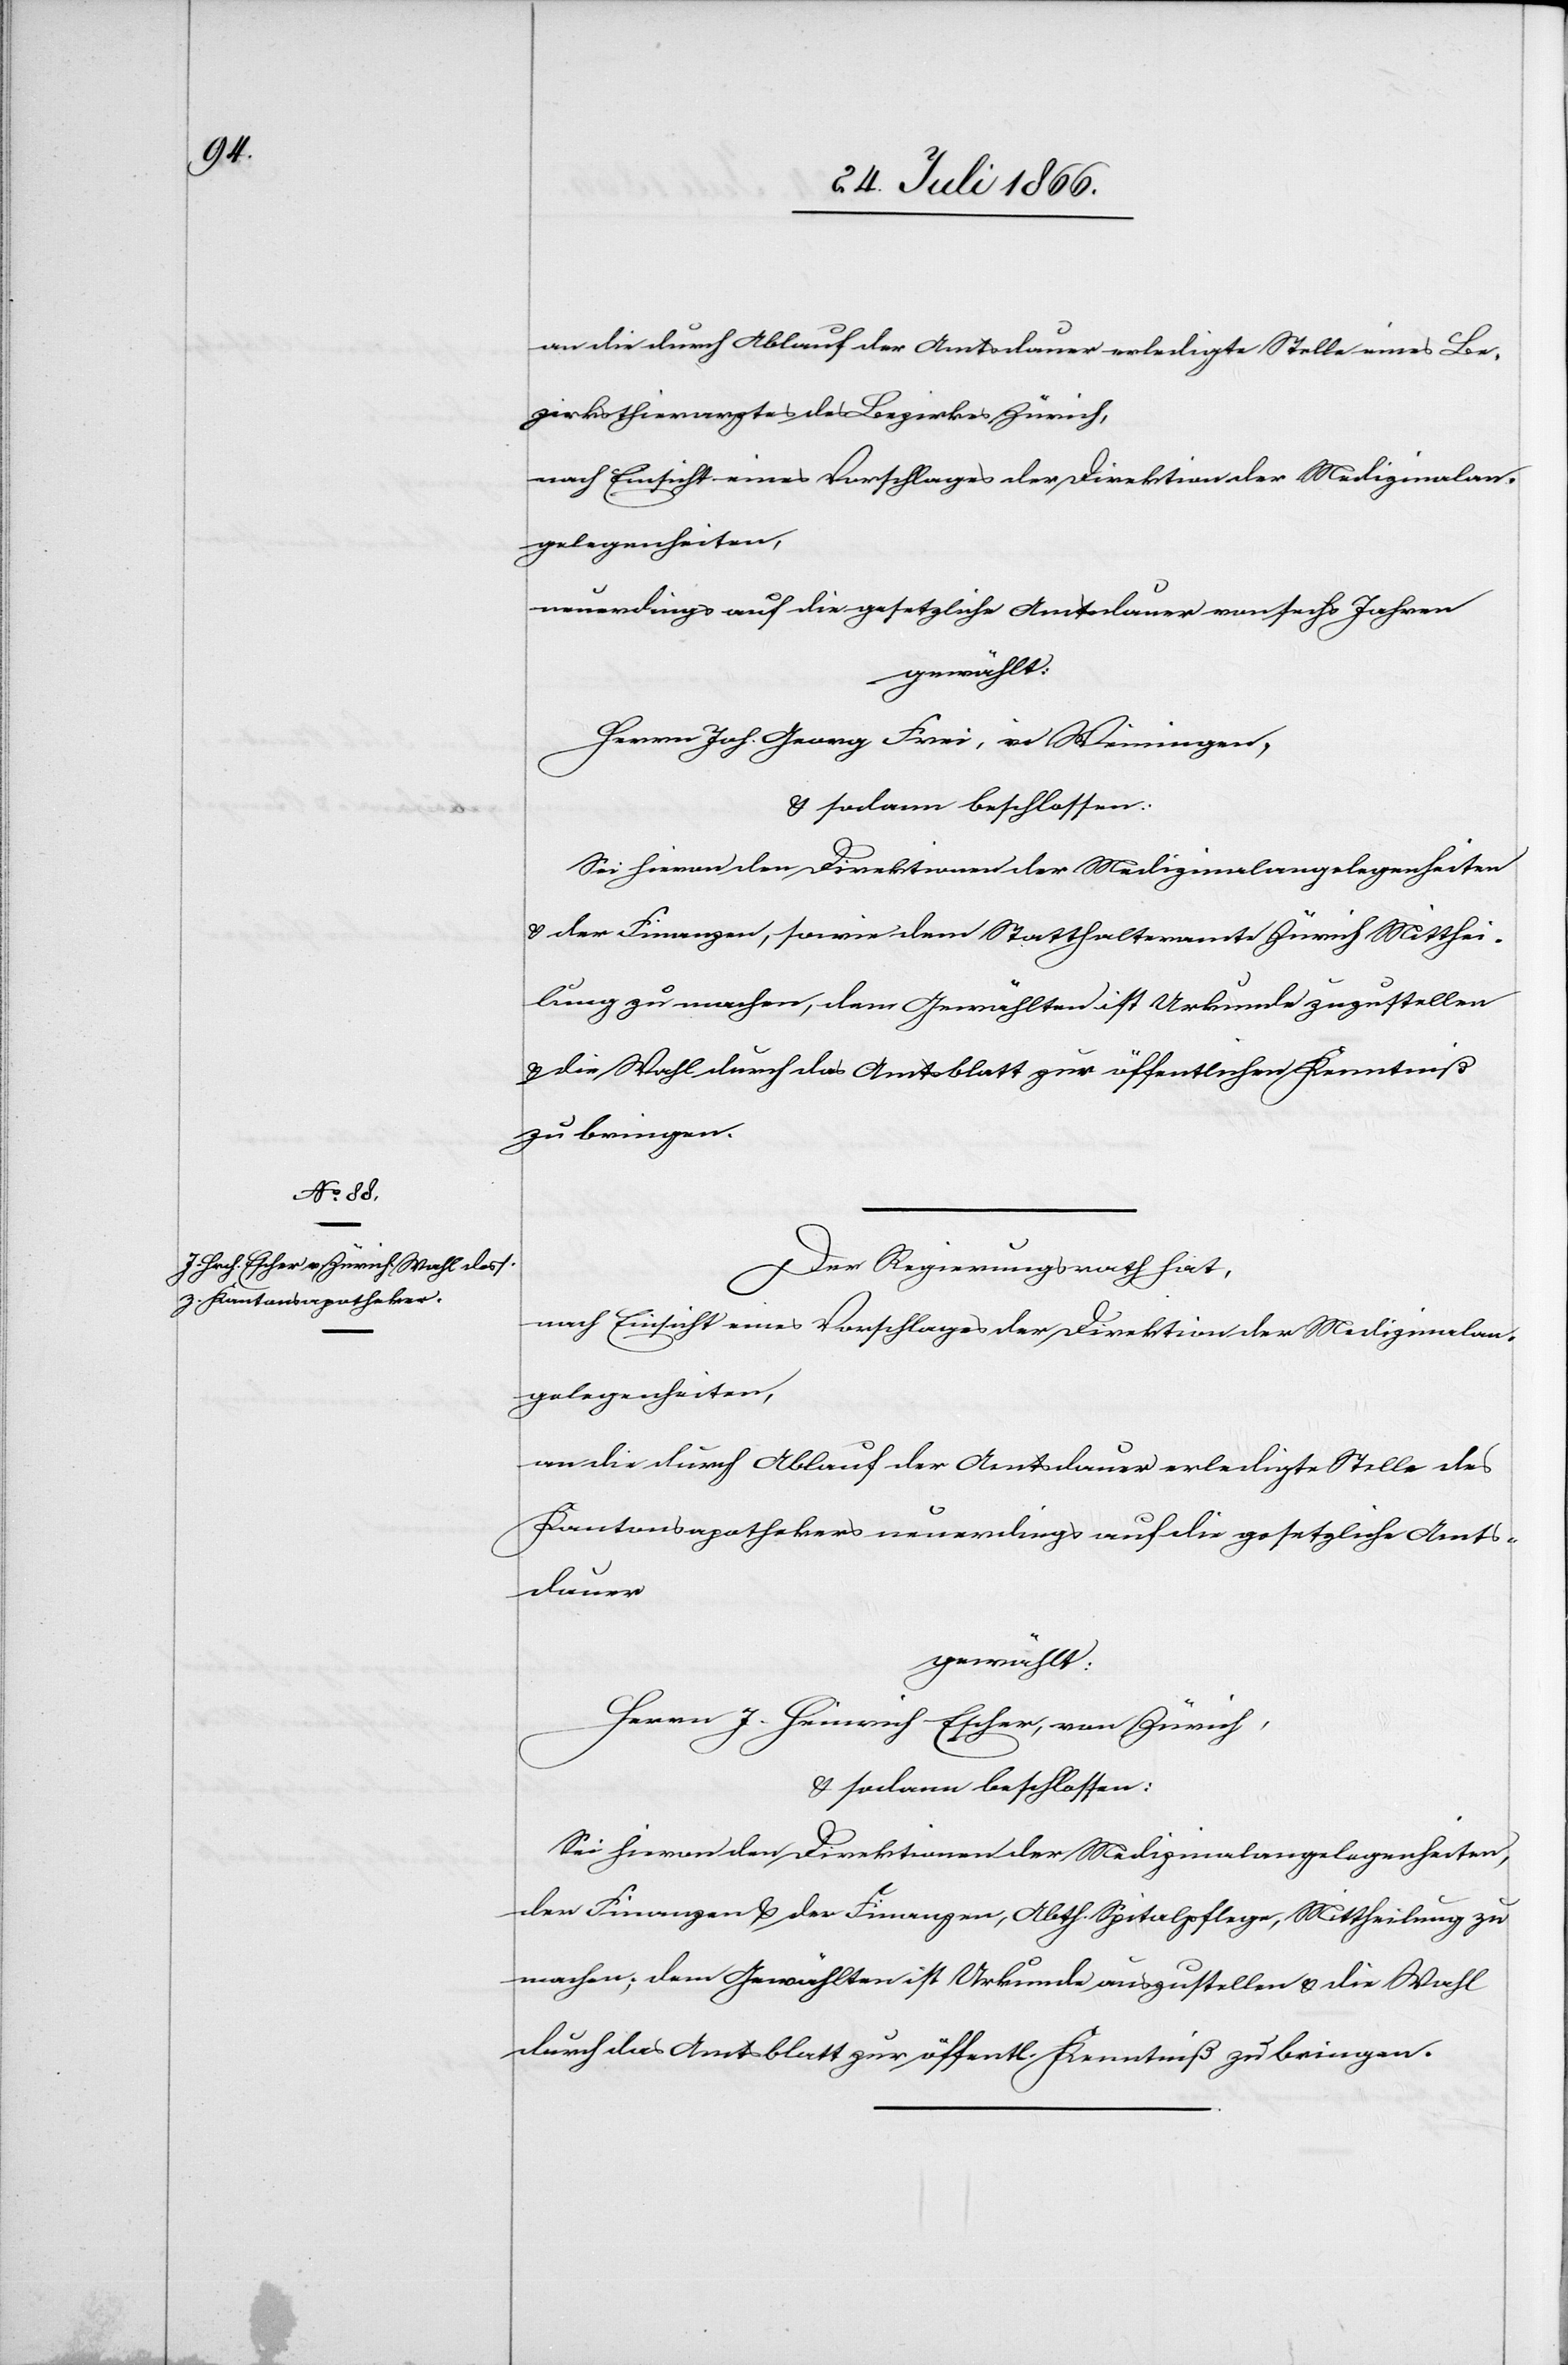
an die durch Ablauf der Amtsdauer erledigte Stelle eines Be¬
zirksthierarztes des Bezirkes Zürich,
nach Einsicht eines Vorschlages der Direktion der Medizinalan¬
gelegenheiten,
neuerdings auf die gesetzliche Amtsdauer von sechs Jahren
gewählt:
Herrn Joh. Georg Frei, in Weiningen,
u. sodann beschlossen:
Sei hievon den Direktionen der Medizinalangelegenheiten
u. der Finanzen, sowie dem Statthalteramte Zürich Mitthei¬
lung zu machen, dem Gewählten ist Urkunde zuzustellen
u. die Wahl durch das Amtsblatt zur öffentlichen Kenntniß
zu bringen.
Der Regierungsrath hat,
an die durch Ablauf der Amtsdauer erledigte Stelle des
Kantonsapothekers neuerdings auf die gesetzliche Amts¬
dauer
gewählt:
Herrn J. Heinrich Escher, von Zürich,
u. sodann beschlossen:
Sei hievon den Direktionen der Medizinalangelegenheiten,
der Finanzen u. der Finanzen, Abth. Spitalpflege, Mittheilung zu
machen; dem Gewählten ist Urkunde auszustellen u. die Wahl
durch das Amtsblatt zur öffentl. Kenntniß zu bringen.